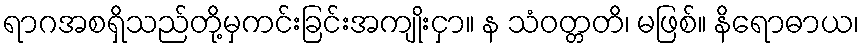
ရာဂအစရှိသည်တို့မှကင်းခြင်းအကျိုးငှာ။ န သံဝတ္တတိ၊ မဖြစ်။ နိရောဓာယ၊